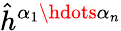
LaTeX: \hat{h}^{\alpha_{1}\hdots\alpha_{n}}